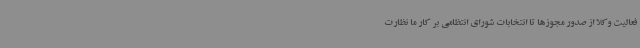
فعالیت وکلا از صدور مجوزها تا انتخابات شورای انتظامی بر کار ما نظارت